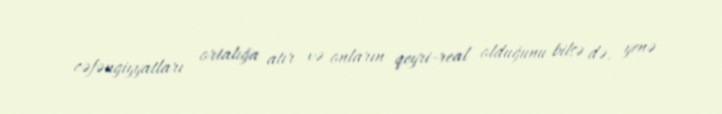
cəfəngiyyatları ortalığa atır və onların qeyri-real olduğunu bilsə də, yenə